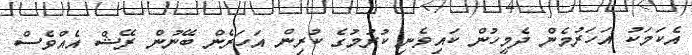
އެކަމަކު އަހަރުމެން ދެމީހުން ކައިވެނި ކުރުމުގެ ކުރިން އަހަރެން ބޭނުން ރޭޝް އެއްވެސް